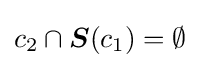
c_{2}\cap {\boldsymbol {S}}(c_{1})=\emptyset